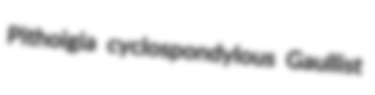
Pithoigia cyclospondylous Gaullist